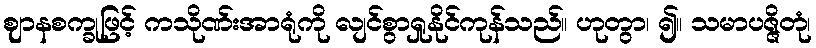
ဈာနစက္ခုဖြင့် ကသိုဏ်းအာရုံကို လျင်စွာရှုနိုင်ကုန်သည်။ ဟုတွာ၊ ၍။ သမာပဇ္ဇိတုံ၊